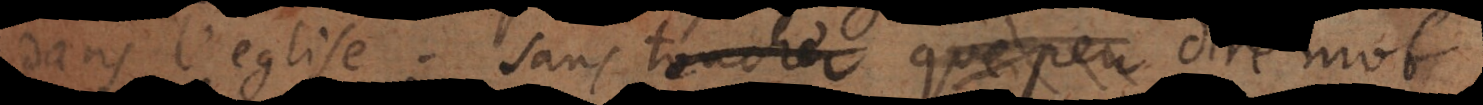
dans l’eglise; sans toucher que peu ou mal